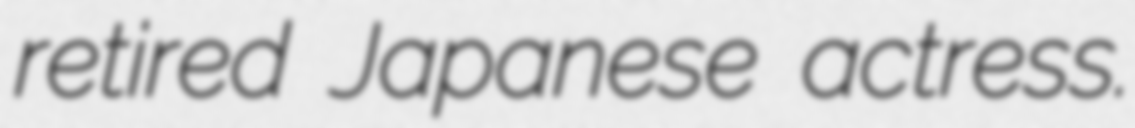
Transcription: retired Japanese actress.